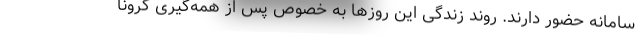
سامانه حضور دارند. روند زندگی این روزها به خصوص پس از همه‌گیری کرونا